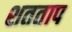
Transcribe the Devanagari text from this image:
शतताप